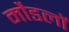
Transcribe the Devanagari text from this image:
मौडलों